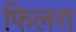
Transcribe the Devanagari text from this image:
फिलरा